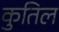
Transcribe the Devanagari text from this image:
कुतिल